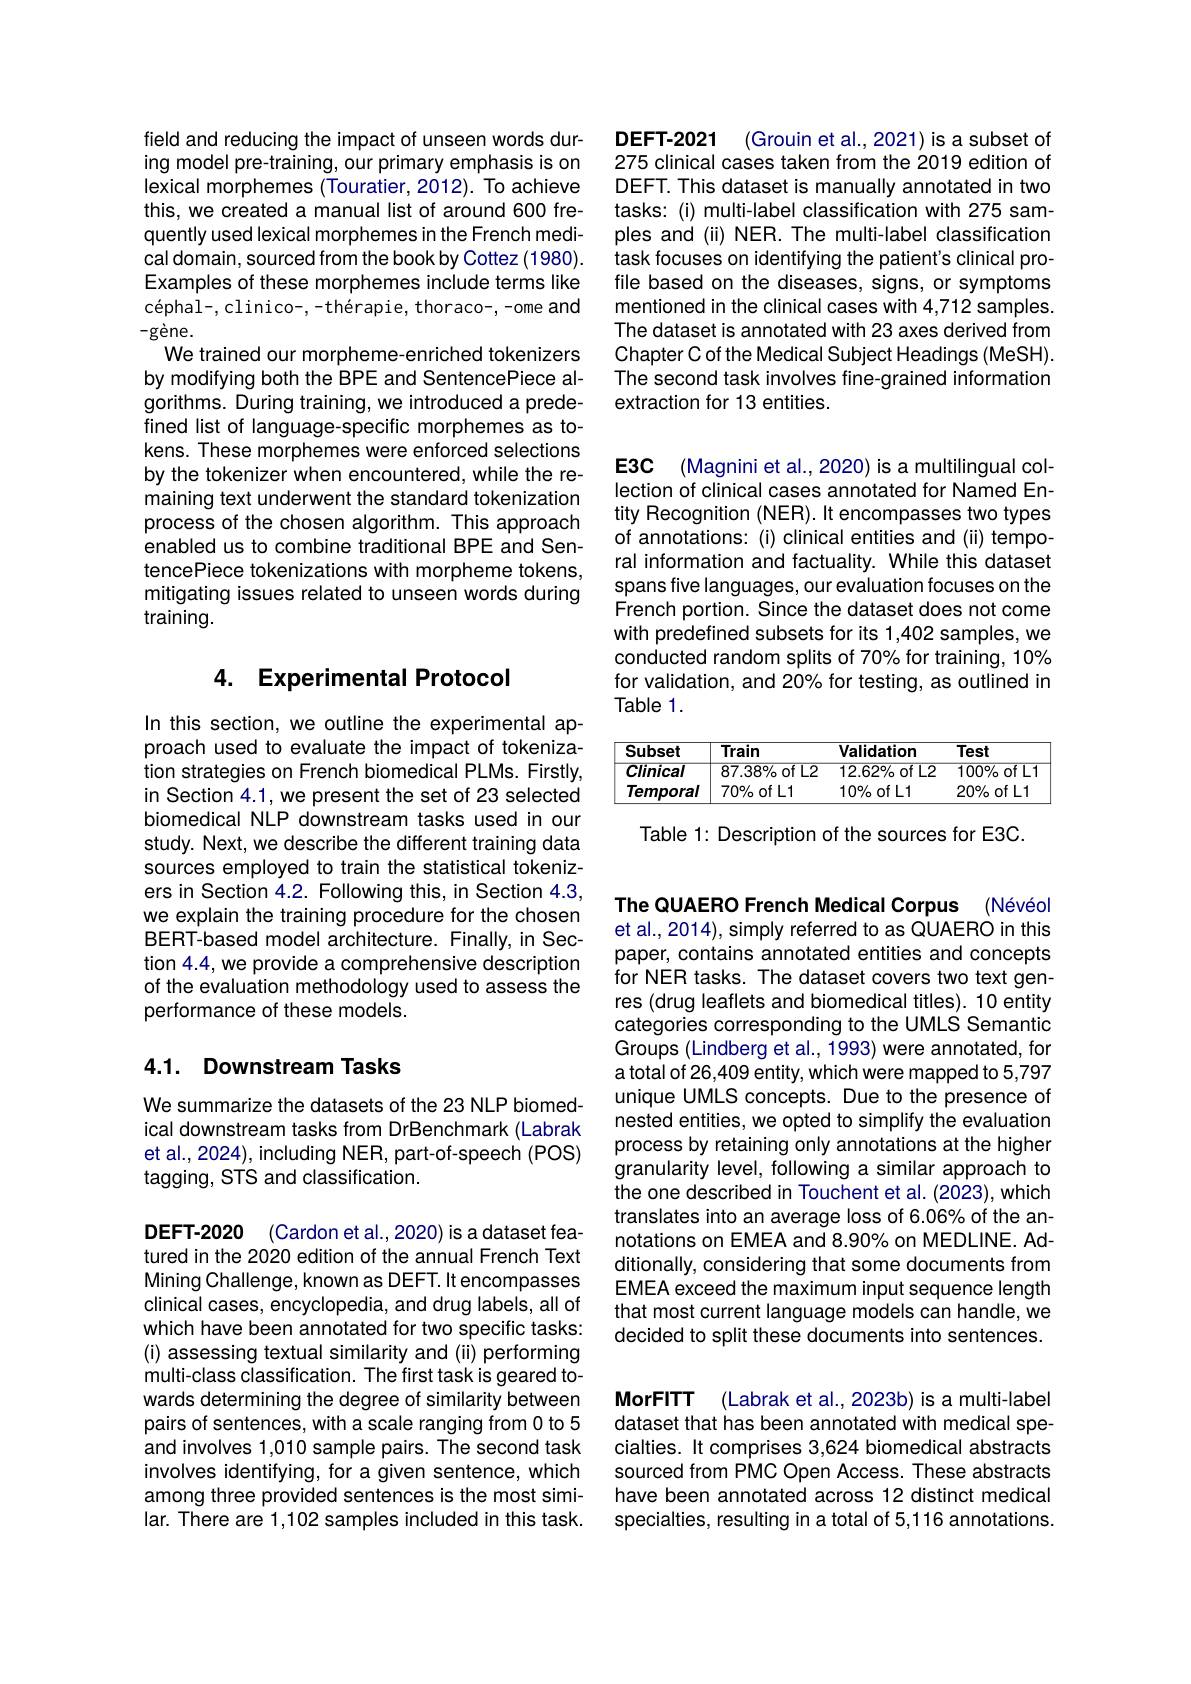
field and reducing the impact of unseen words during model pre-training, our primary emphasis is on lexical morphemes (Touratier, 2012). To achieve this, we created a manual list of around 600 frequently used lexical morphemes in the French medical domain, sourced from the book by Cottez (1980). Examples of these morphemes include terms like céphal-, clinico-, -thérapie, thoraco-, -ome and $-g\dot{\mathrm{ene}}.$
We trained our morpheme-enriched tokenizers by modifying both the BPE and SentencePiece algorithms. During training, we introduced a predefined list of language-specific morphemes as tokens. These morphemes were enforced selections by the tokenizer when encountered, while the remaining text underwent the standard tokenization process of the chosen algorithm. This approach enabled us to combine traditional BPE and SentencePiece tokenizations with morpheme tokens, mitigating issues related to unseen words during training.

### 4. Experimental Protocol

In this section, we outline the experimental approach used to evaluate the impact of tokenization strategies on French biomedical PLMs. Firstly, in Section 4.1, we present the set of 23 selected biomedical NLP downstream tasks used in our study. Next, we describe the different training data sources employed to train the statistical tokenizers in Section 4.2. Following this, in Section 4.3, we explain the training procedure for the chosen BERT-based model architecture. Finally, in Section 4.4, we provide a comprehensive description of the evaluation methodology used to assess the performance of these models.

## 4.1. Downstream Tasks

We summarize the datasets of the 23 NLP biomedical downstream tasks from DrBenchmark (Labrak et al., 2024), including NER, part-of-speech (POS) tagging, STS and classification.

DEFT-2020 (Cardon et al.,2020) is a dataset featured in the 2020 edition of the annual French Text Mining Challenge, known as DEFT. It encompasses clinical cases, encyclopedia, and drug labels, all of which have been annotated for two specific tasks: (i) assessing textual similarity and (ii) performing multi-class classification. The first task is geared towards determining the degree of similarity between pairs of sentences, with a scale ranging from 0 to 5 and involves 1,010 sample pairs. The second task involves identifying, for a given sentence, which among three provided sentences is the most similar. There are 1,102 samples included in this task.

DEFT-2021
(Grouin et al., 2021) is a subset of
275 clinical cases taken from the 2019 edition of DEFT. This dataset is manually annotated in two tasks: (i) multi-label classification with 275 samples and (ii) NER. The multi-label classification task focuses on identifying the patient's clinical profile based on the diseases, signs, or symptoms mentioned in the clinical cases with 4,712 samples. The dataset is annotated with 23 axes derived from Chapter C of the Medical Subject Headings (MeSH). The second task involves fine-grained information extraction for 13 entities.

E3C (Magnini et al., 2020) is a multilingual col-

lection of clinical cases annotated for Named Entity Recognition (NER). It encompasses two types of annotations: (i) clinical entities and (ii) temporal information and factuality. While this dataset spans five languages, our evaluation focuses on the French portion. Since the dataset does not come with predefined subsets for its 1,402 samples, we conducted random splits of 70% for training, 10% for validation, and 20% for testing, as outlined in Table 1.

<table>
	<tbody>
		<tr>
			<th>Subset</th>
			<th>Train</th>
			<th>Validation</th>
			<th>Test</th>
		</tr>
		<tr>
			<td>Clinical</td>
			<td>$87.38\%$of L2</td>
			<td>$12.62\%$of L2</td>
			<td>$100\%$of L1</td>
		</tr>
		<tr>
			<td>Temporal</td>
			<td>$70\%$ofL1</td>
			<td>$10\%$ofL1</td>
			<td>$20\%$ofL1</td>
		</tr>
	</tbody>
</table>

Table 1: Description of the sources for E3C.

The QUAERO French Medical Corpus (Névéol et al., 2014), simply referred to as QUAERO in this paper, contains annotated entities and concepts for NER tasks. The dataset covers two text genres (drug leaflets and biomedical titles). 10 entity categories corresponding to the UMLS Semantic Groups (Lindberg et al., 1993) were annotated, for a total of 26,409 entity, which were mapped to 5,797 unique UMLS concepts. Due to the presence of nested entities, we opted to simplify the evaluation process by retaining only annotations at the higher granularity level, following a similar approach to the one described in Touchent et al. (2023), which translates into an average loss of 6.06% of the annotations on EMEA and 8.90% on MEDLINE. Additionally, considering that some documents from EMEA exceed the maximum input sequence length that most current language models can handle, we decided to split these documents into sentences.

MorFITT (Labrak et al.,2023b) is a multi-label

dataset that has been annotated with medical specialties. It comprises 3,624 biomedical abstracts sourced from PMC Open Access. These abstracts have been annotated across 12 distinct medical specialties, resulting in a total of 5,116 annotations.